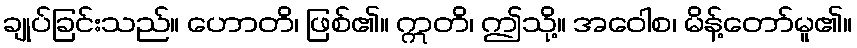
ချုပ်ခြင်းသည်။ ဟောတိ၊ ဖြစ်၏။ ဣတိ၊ ဤသို့။ အဝေါစ၊ မိန့်တော်မူ၏။